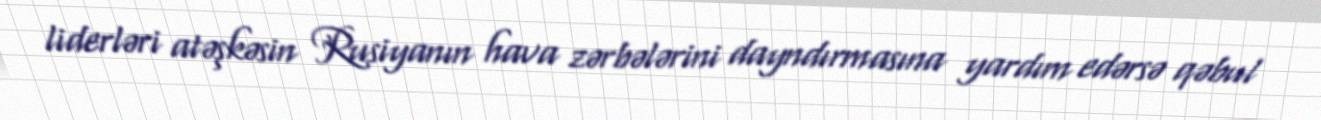
liderləri atəşkəsin Rusiyanın hava zərbələrini dayndırmasına yardım edərsə qəbul